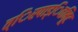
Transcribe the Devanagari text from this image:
त्िरपाड्िवभूिट